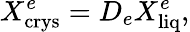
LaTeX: X_{\mathrm{crys}}^{e}=D_{e}X_{\mathrm{liq}}^{e},